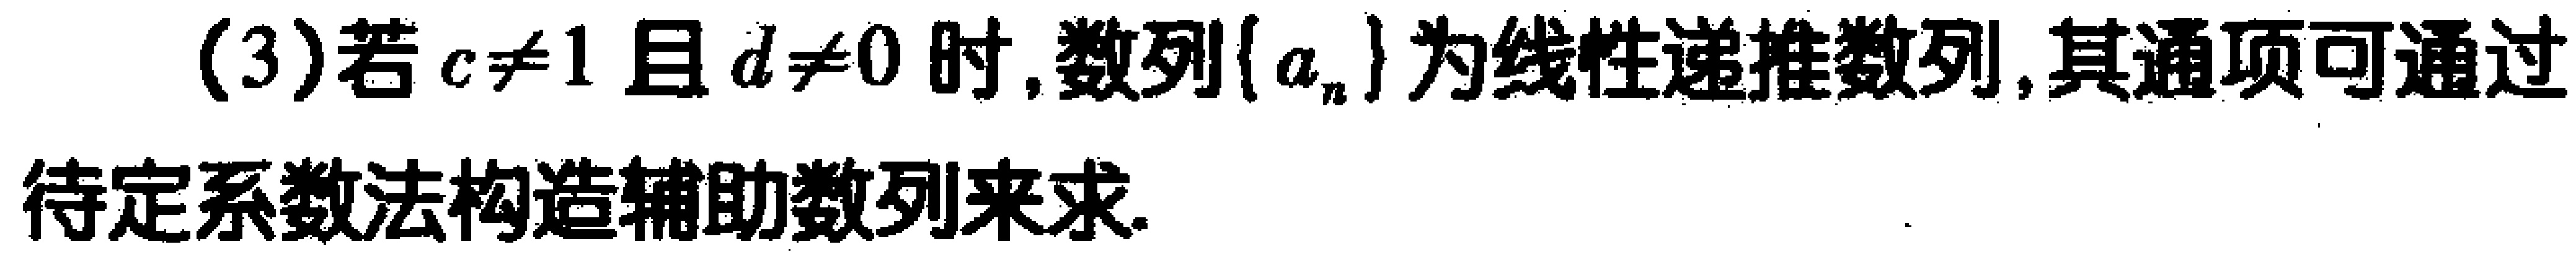
(3)若$c\neq1$且$d\neq0$时,数列$\{ a_{n}\}$为线性递推数列,其通项可通过待定系数法构造辅助数列来求.